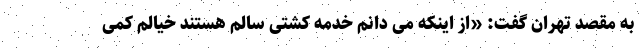
به مقصد تهران گفت: «از اینکه می دانم خدمه کشتی سالم هستند خیالم کمی